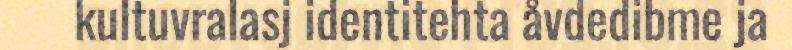
kultuvralasj identitehta åvdedibme ja